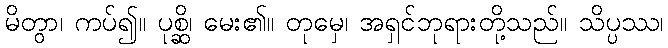
မိတွာ၊ ကပ်၍။ ပုစ္ဆိ၊ မေး၏။ တုမှေ၊ အရှင်ဘုရားတို့သည်။ သိပ္ပဿ၊